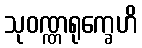
သုဝဏ္ဏရုက္ခေဟိ